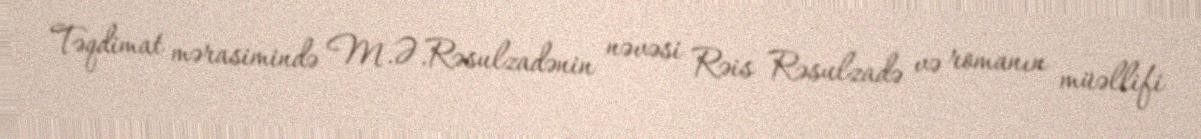
Təqdimat mərasimində M.Ə.Rəsulzadənin nəvəsi Rəis Rəsulzadə və romanın müəllifi